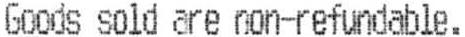
GOODS SOLD ARE NON-REFUNDABLE.